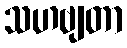
သဟဗျတာ